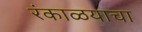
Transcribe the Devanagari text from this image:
रंकाळयाचा